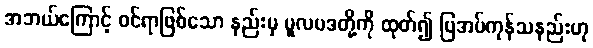
အဘယ်ကြောင့် ဝင်ရာဖြစ်သော နည်းမှ မူလပဒတို့ကို ထုတ်၍ ပြအပ်ကုန်သနည်းဟု